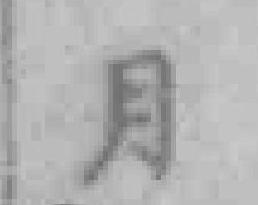
月